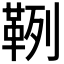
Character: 𩊡